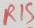
Text: R15